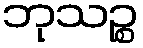
ဘုသဉ္စ